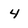
Character: 4